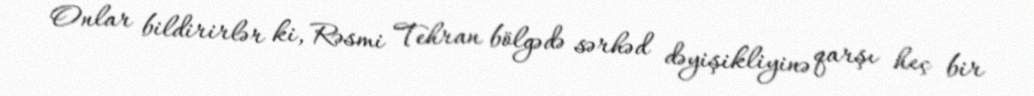
Onlar bildirirlər ki, Rəsmi Tehran bölgədə sərhəd dəyişikliyinə qarşı heç bir